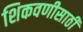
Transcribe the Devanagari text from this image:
शिकवणीसाठी